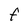
Character: F